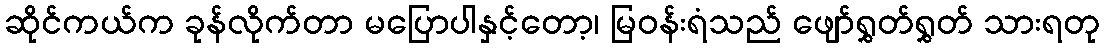
ဆိုင်ကယ်က ခုန်လိုက်တာ မပြောပါနှင့်တော့၊ မြဝန်းရံသည် ဖျော်ရွှတ်ရွှတ် သားရတု